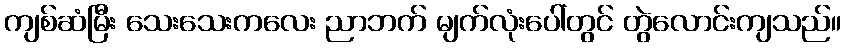
ကျစ်ဆံမြီး သေးသေးကလေး ညာဘက် မျက်လုံးပေါ်တွင် တွဲလောင်းကျသည်။